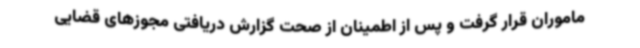
ماموران قرار گرفت و پس از اطمینان از صحت گزارش دریافتی مجوزهای قضایی